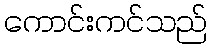
ကောင်းကင်သည်